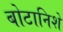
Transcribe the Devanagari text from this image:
बोटानिशे